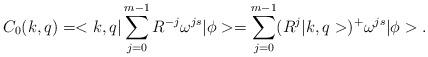
LaTeX: \begin{align*}C_0(k,q)=<k,q|\sum_{j=0}^{m-1}R^{-j}\omega^{js}|\phi>=\sum_{j=0}^{m-1}(R^j|k,q>)^+\omega^{js}|\phi>.\end{align*}